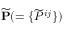
\widetilde { \bf { P } } ( = \{ { \widetilde { P } ^ { i j } } \} )